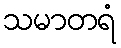
သမာတရံ